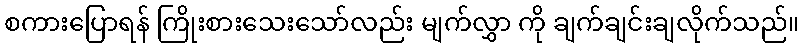
စကားပြောရန် ကြိုးစားသေးသော်လည်း မျက်လွှာ ကို ချက်ချင်းချလိုက်သည်။